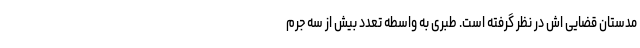
مدستان قضایی اش در نظر گرفته است. طبری به واسطه تعدد بیش از سه جرم